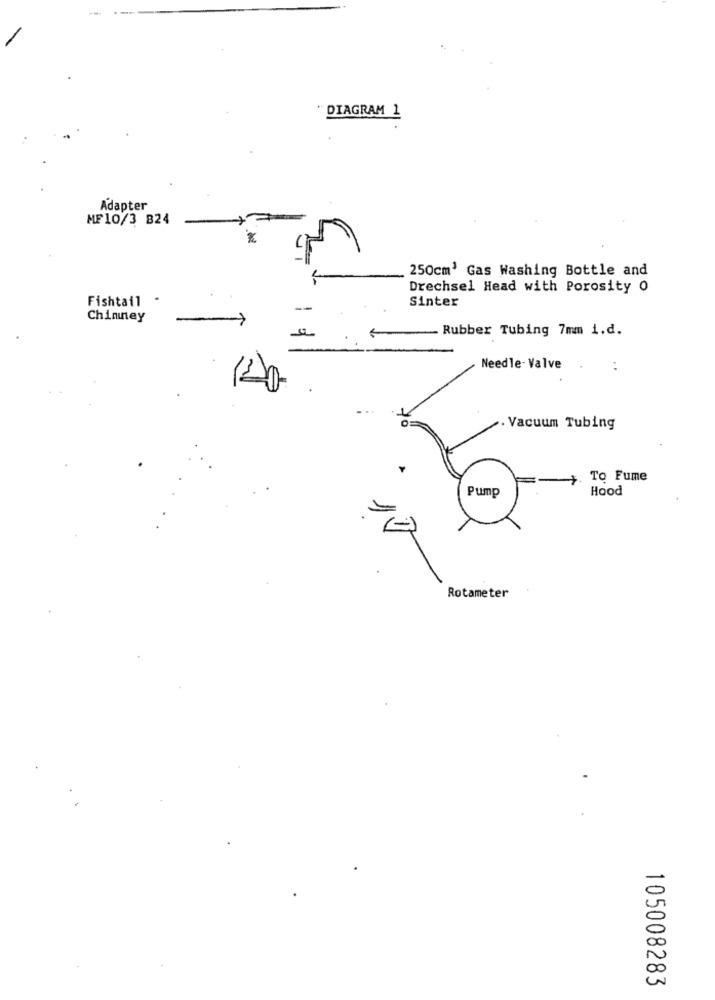
DIAGRAM 1
Adapter
MF10/3 824
250cm' Gas Washing Bottle and
Drechsel Head with Porosity 0
Sinter
Fishtail
Chininey
Rubber Tubing 7mm i.d.
Needle- Valve
. .
Vacuum Tubing
. To Fume
Pump
Hood
.
Rotameter
105008283